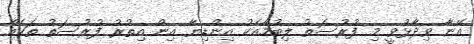
އޭނާ ވިދާޅުވީ މި ފުރުސަތު ލިބުމާއެކު އިންޑިޔާ އިން އިތުރު ފުރުސަތު ތަކެއް